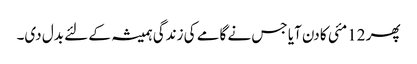
پھر 12مئی کا دن آیا جس نے گامے کی زندگی ہمیشہ کے لئے بدل دی۔